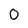
Character: 0